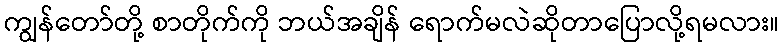
ကျွန်တော်တို့ စာတိုက်ကို ဘယ်အချိန် ရောက်မလဲဆိုတာပြောလို့ရမလား။